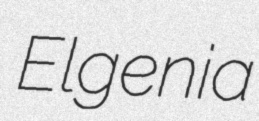
Elgenia